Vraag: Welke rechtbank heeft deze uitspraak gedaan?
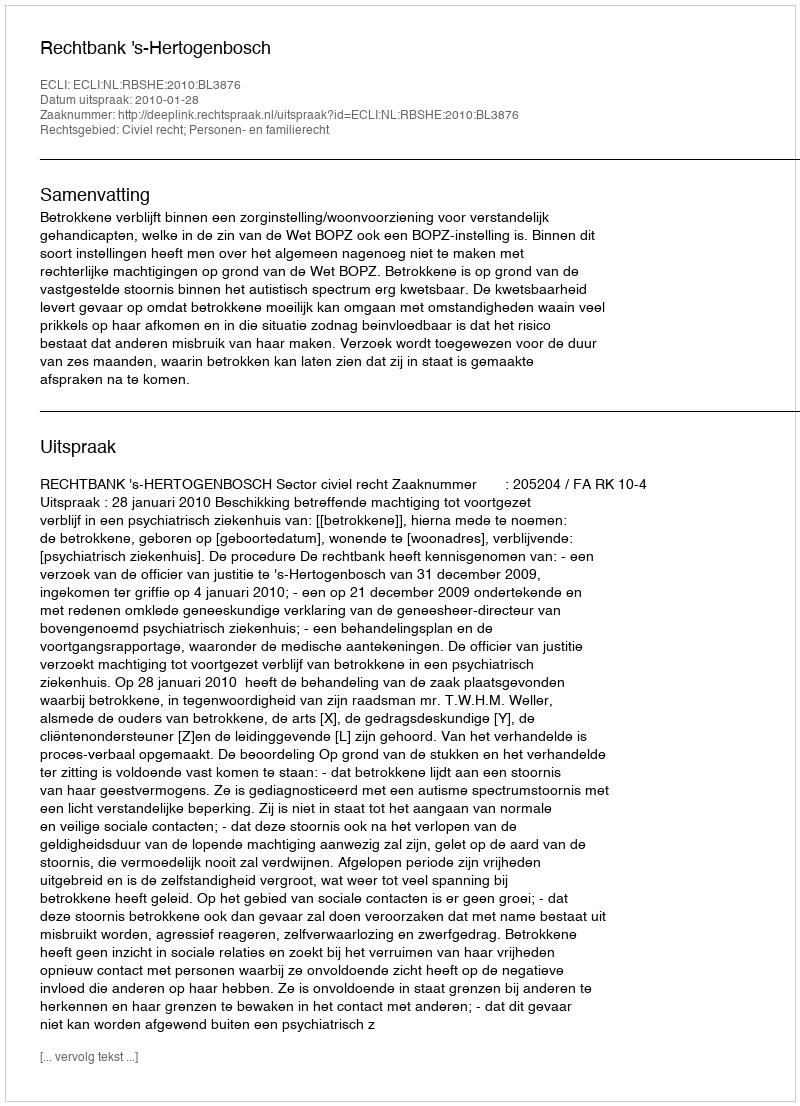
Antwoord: Rechtbank 's-Hertogenbosch